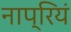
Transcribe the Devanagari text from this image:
नाप्रियं